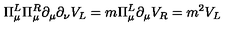
\Pi _ { \mu } ^ { L } \Pi _ { \mu } ^ { R } \partial _ { \mu } \partial _ { \nu } V _ { L } = m \Pi _ { \mu } ^ { L } \partial _ { \mu } V _ { R } = m ^ { 2 } V _ { L }